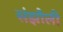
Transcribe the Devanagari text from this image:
संझौली